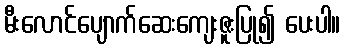
မီးလောင်ပျောက်ဆေးကျေးဇူးပြု၍ ပေးပါ။